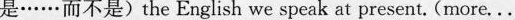
是……而不是)the English we speak at present.(more...